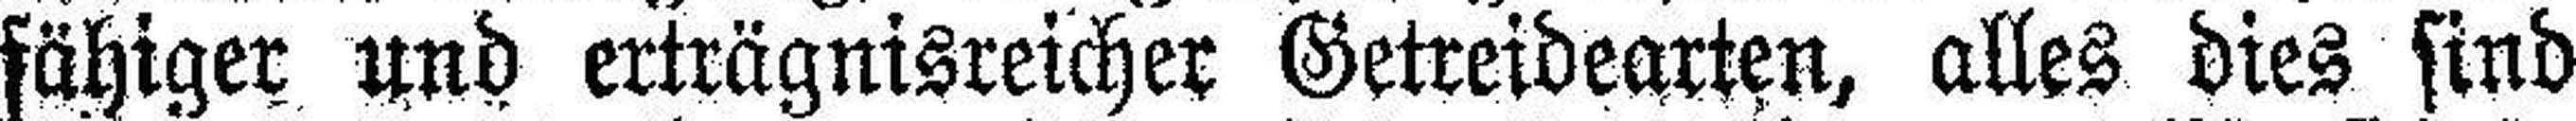
fähiger und erträgnisreicher Getreidearten, alles dies sind